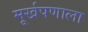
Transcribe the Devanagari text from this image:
मूर्खपणाला